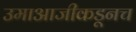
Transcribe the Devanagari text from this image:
उमाआजीकडूनच